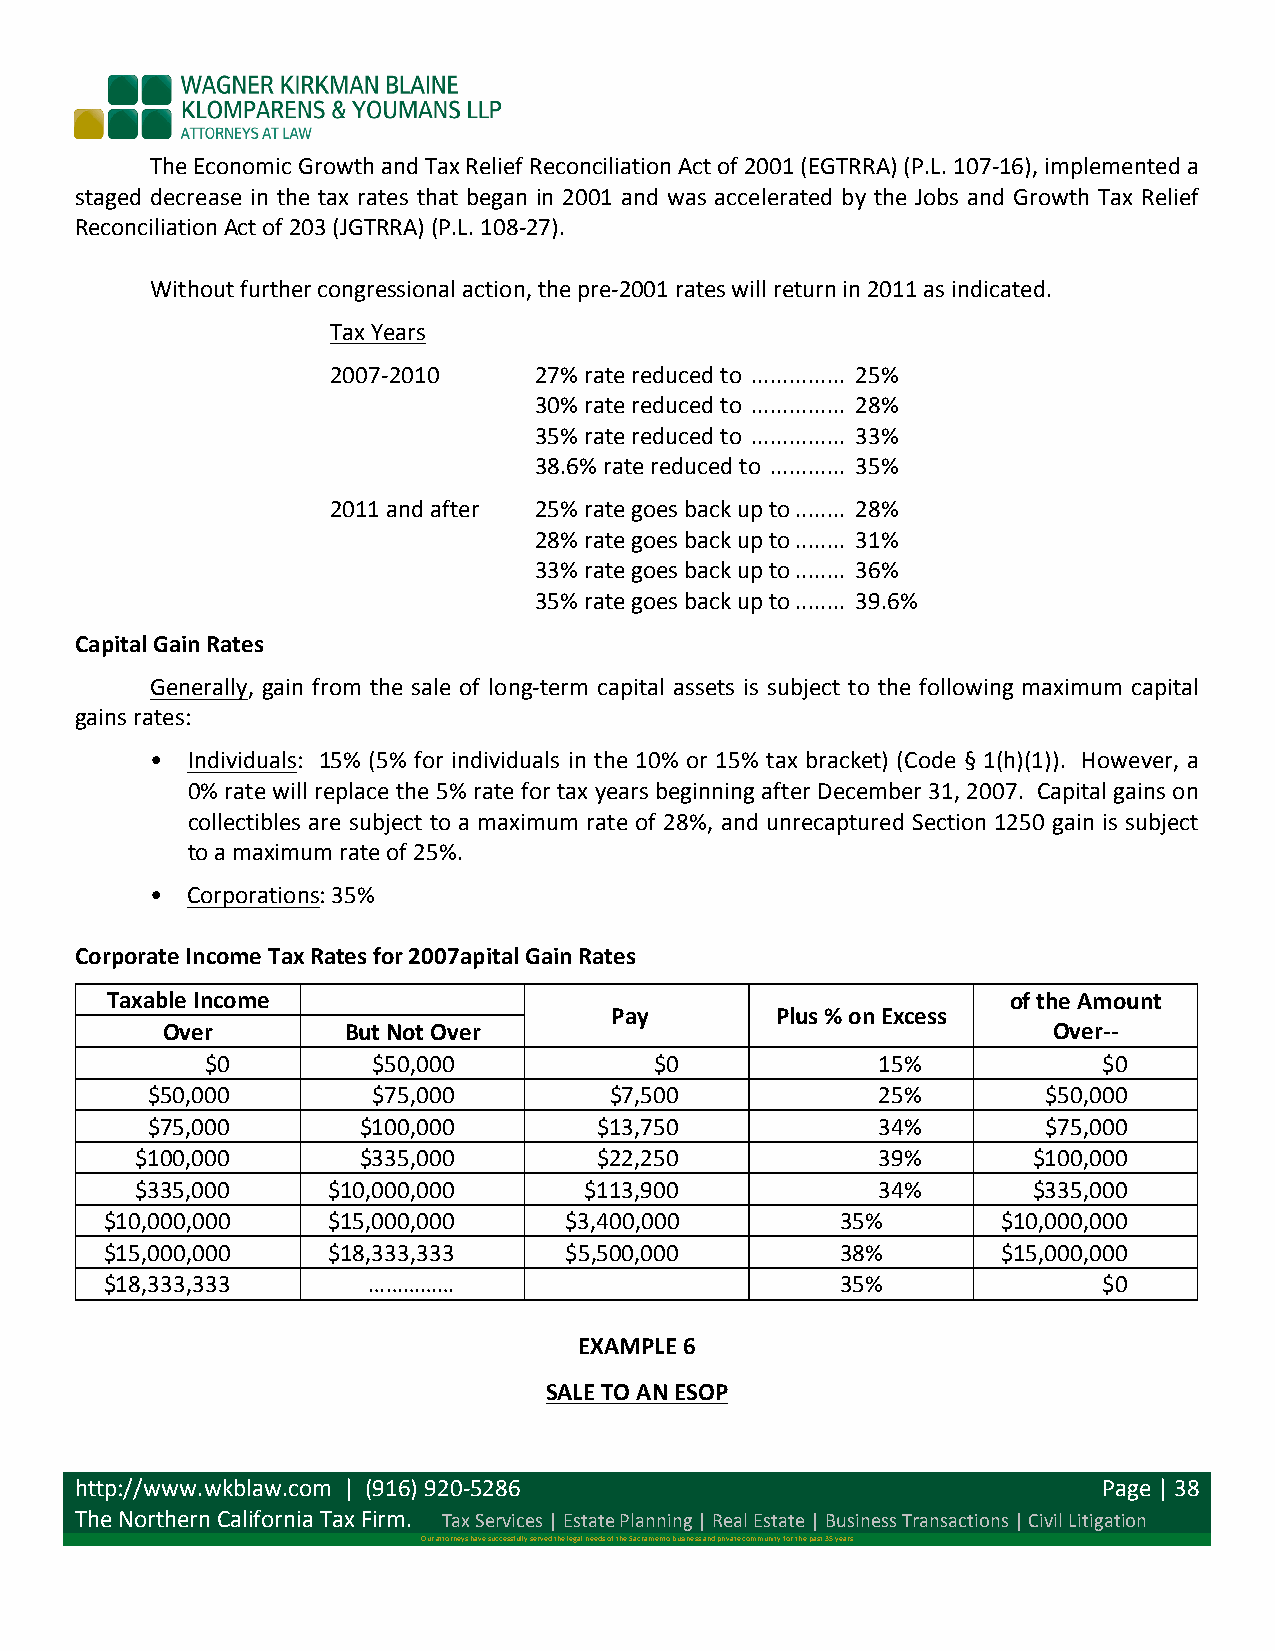
The Economic Growth and Tax Relief Reconciliation Act of 2001 (EGTRRA) (P.L. 107-­‐16), implemented a
 staged decrease in the tax rates that began in 2001 and was accelerated by the Jobs and Growth Tax Relief
 Reconciliation Act of 203 (JGTRRA) (P.L. 108-­‐27).
 Without further congressional action, the pre-­‐2001 rates will return in 2011 as indicated.
 Tax Years
 2007-­‐2010  27% rate reduced to .................2..5 %
 30% rate reduced to .................2..8 %
 35% rate reduced to .................3..3 %
 38.6% rate reduced to ..............3..5 %
 2011 and after 25% rate goes back up to ..........2..8 %
 28% rate goes back up to ..........3..1 %
 33% rate goes back up to ..........3..6 %
 35% rate goes back up to ..........3..9 .6%
 Capital Gain Rates
 Generally, gain from the sale of long-­‐term capital assets is subject to the following maximum capital
 gains rates:
 • Individuals: 15% (5% for individuals in the 10% or 15% tax bracket) (Code § 1(h)(1)). However, a
 0% rate will replace the 5% rate for tax years beginning after December 31, 2007. Capital gains on
 collectibles are subject to a maximum rate of 28%, and unrecaptured Section 1250 gain is subject
 to a maximum rate of 25%.
 • Corporations: 35%
 Corporate Income Tax Rates for 2007apital Gain Rates
 Taxable Income                                              of the Amount
 Pay        Plus % on Excess
 Over        But Not Over                                   Over-­‐-­‐
 $0         $50,000           $0             15%            $0
 $50,000        $75,000        $7,500            25%        $50,000
 $75,000       $100,000        $13,750           34%        $75,000
 $100,000       $335,000        $22,250           39%       $100,000
 $335,000     $10,000,000      $113,900           34%       $335,000
 $10,000,000    $15,000,000    $3,400,000         35%       $10,000,000
 $15,000,000    $18,333,333    $5,500,000         38%       $15,000,000
 $18,333,333      ……………                           35%              $0
 EXAMPLE 6
 SALE TO AN ESOP
 http://www.wkblaw.com | (916) 920-­‐5286                            Page | 38
 The Northern California Tax Firm. Tax Services | Estate Planning | Real Estate | Business Transactions | Civil Litigation
 Our attorneys have successfully served the legal needs of the Sacramento business and private community for the past 35 years